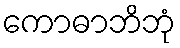
ကောဓာဘိဘုံ